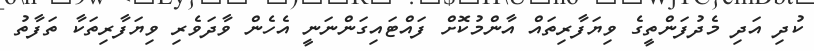
ކުދި އަދި މެދުފަންތީގެ ވިޔަފާރިތައް އާންމުކޮށް ފައްޓައިގަންނަނީ އެހެން ވާދަވެރި ވިޔަފާރިތަކާ ތަފާތު